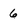
Character: 6